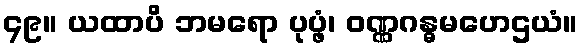
၄၉။ ယထာပိ ဘမရော ပုပ္ဖံ၊ ဝဏ္ဏဂန္ဓမဟေဌယံ။